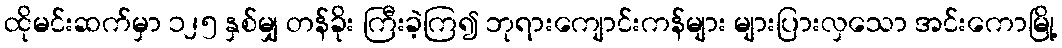
ထိုမင်းဆက်မှာ ၁၂၅ နှစ်မျှ တန်ခိုး ကြီးခဲ့ကြ၍ ဘုရားကျောင်းကန်များ များပြားလှသော အင်းကောမြို့